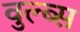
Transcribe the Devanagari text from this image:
वुल्ब्स